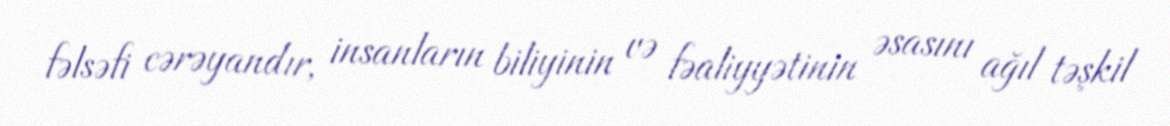
fəlsəfi cərəyandır, insanların biliyinin və fəaliyyətinin əsasını ağıl təşkil